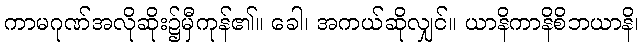
ကာမဂုဏ်အလိုဆိုး၌မှီကုန်၏။ ခေါ၊ အကယ်ဆိုလျှင်။ ယာနိကာနိစိဘယာနိ၊